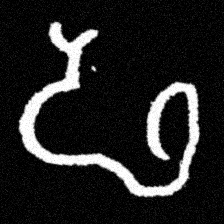
Pyu character \u2014 Myanmar letter: ဖ (romanized: pha)